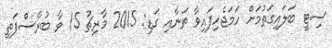
ސިޓީ ބަލައިގަތުމަށް ހަމަޖެހިފައިވާ ތަނާއި ގަޑި: 2015 މާރިޗު 15 ވާ ބުރާސްފަތި